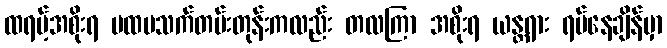
ထရမ့်အစိုးရ ပထမသက်တမ်းတုန်းကလည်း တလကြာ အစိုးရ ယန္တရား ရပ်နေချိန်မှာ